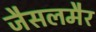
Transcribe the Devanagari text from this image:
जैसलमैर